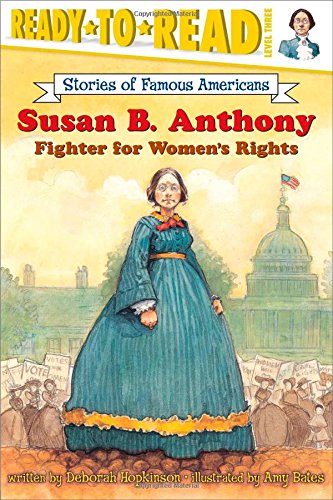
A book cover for Susan B. Anthony: Fighter for Women's Rights (Ready-to-read SOFA); Deborah Hopkinson; Children's Books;